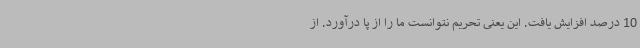
10 درصد افزایش یافت. این یعنی تحریم نتوانست ما را از پا درآورد. از